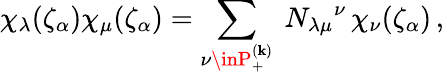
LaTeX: \chi_{\lambda}(\zeta_{\alpha})\chi_{\mu}(\zeta_{\alpha})=\sum_{\nu\inP_{+}^{(\mathbf{k})}}\ N_{\lambda\mu}{}^{\nu}\, \chi_{\nu}(\zeta_{\alpha})\, ,